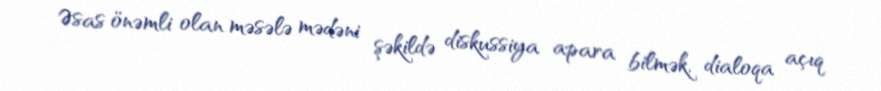
Əsas önəmli olan məsələ mədəni şəkildə diskussiya apara bilmək, dialoqa açıq